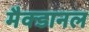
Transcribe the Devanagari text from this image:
मैक्डानल